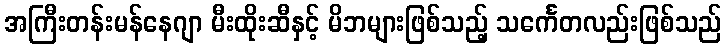
အကြီးတန်းမန်နေဂျာ မီးထိုးဆီနှင့် မိဘများဖြစ်သည့် သင်္ကေတလည်းဖြစ်သည်